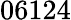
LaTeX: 06124